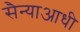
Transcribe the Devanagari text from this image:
सैन्याआधी